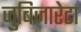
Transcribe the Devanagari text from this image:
जुबिजारेटा